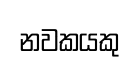
නවකයකු